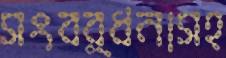
সংবর্ধনাসহ